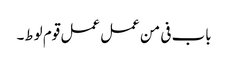
باب فی من عمل عمل قوم لوط۔